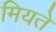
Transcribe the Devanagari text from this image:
मियते